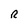
Character: R